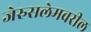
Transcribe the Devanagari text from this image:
जेरुसलेमवरील